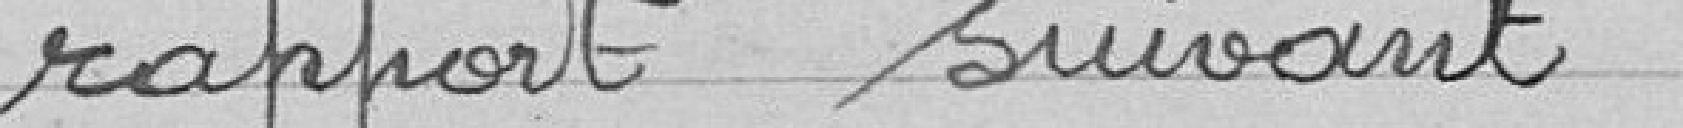
rapport suivant :